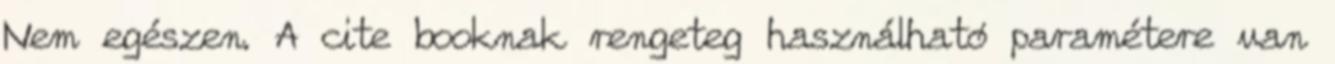
Nem egészen. A cite booknak rengeteg használható paramétere van